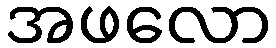
အဖလော